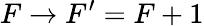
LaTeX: F\rightarrow F^{\prime}=F+1